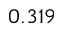
0 . 3 1 9